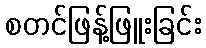
စတင်ဖြန့်ဖြူးခြင်း